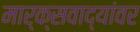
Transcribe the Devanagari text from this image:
मार्क्‍सवाद्यांवर